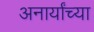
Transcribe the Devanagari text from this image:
अनार्यांच्या